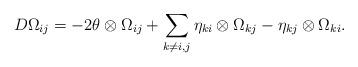
LaTeX: \begin{align*}D\Omega_{ij} = - 2\theta\otimes \Omega_{ij} + \sum_{k\neq i,j} \eta_{ki}\otimes\Omega_{kj} - \eta_{kj}\otimes\Omega_{ki}.\end{align*}